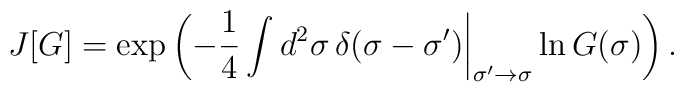
J[G]=\exp\left(-\frac{1}{4}\int d^2\sigma\,\delta (\sigma -\sigma ')\biggr|_{\sigma'\rightarrow\sigma } \ln G(\sigma)\right).